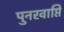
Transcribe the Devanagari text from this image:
पुनरवाप्ति